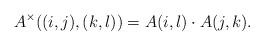
LaTeX: \begin{align*}A^{\times}((i,j),(k,l))=A(i,l)\cdot A(j,k).\end{align*}